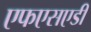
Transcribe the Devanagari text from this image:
एफएसएडी